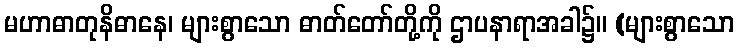
မဟာဓာတုနိဓာနေ၊ များစွာသော ဓာတ်တော်တို့ကို ဌာပနာရာအခါ၌။ (များစွာသော